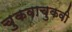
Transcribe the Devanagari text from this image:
चुकवाचुकवी